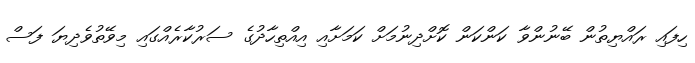
ހިފައި ރައްޔިތުން ބޭނުންވާ ކަންކަން ކޮށްދިނުމަށް ކަމަށާއި އިއްތިހާދުގެ ސަރުކާރެއްގައި މިވޭތުވެދިޔަ ފަސް